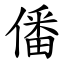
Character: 僠